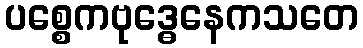
ပစ္စေကဗုဒ္ဓေနေကသတေ